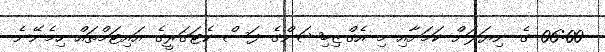
06:00 ގެ ނިޔަލަށް ކަމަށާއި މި އެގްޒިބިޝަންގެ ފަސް ކެޓަގަރީގެ އައިޓަމްތައް ހިމެނޭނެ